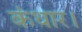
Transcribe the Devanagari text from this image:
कंधार।